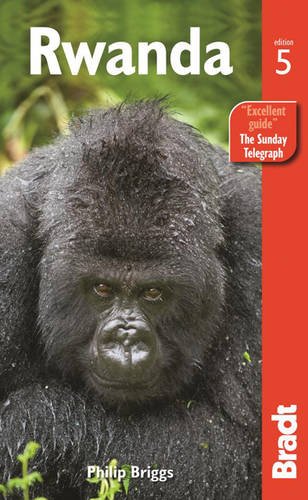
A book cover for Rwanda (Bradt Travel Guide); Philip Briggs; Travel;